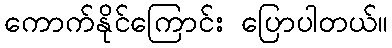
ကောက်နိုင်ကြောင်း ပြောပါတယ်။